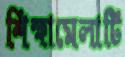
শিক্ষামেলাটি